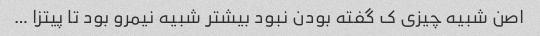
اصن شبیه چیزی ک گفته بودن نبود بیشتر شبیه نیمرو بود تا پیتزا …